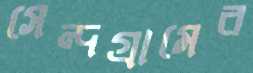
সেন্দগ্রামের